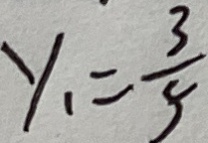
y _ { 1 } = \frac { 3 } { 5 }